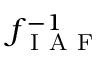
f _ { \mathrm { ~ I ~ A ~ F ~ } } ^ { - 1 }